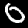
Digit: 0